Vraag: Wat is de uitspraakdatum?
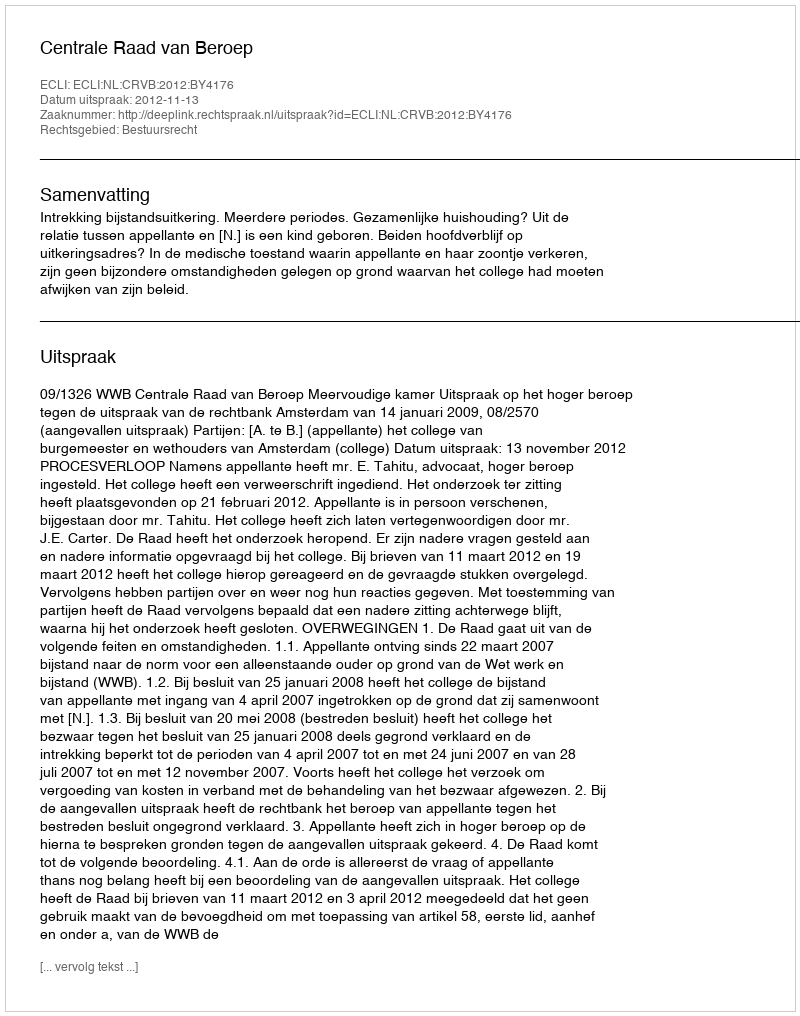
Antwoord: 2012-11-13